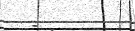
- .